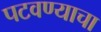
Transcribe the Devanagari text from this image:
पटवण्याचा